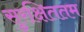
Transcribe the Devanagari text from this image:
सुरक्षिततम